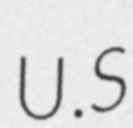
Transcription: U.S